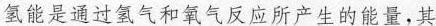
氢能是通过氢气和氧气反应所产生的能量，其